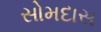
સોમદાસ